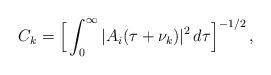
LaTeX: \begin{align*} C_k = \Big[\int_0^\infty |A_i(\tau+\nu_k)|^2\,d\tau\Big]^{-1/2}\,,\end{align*}